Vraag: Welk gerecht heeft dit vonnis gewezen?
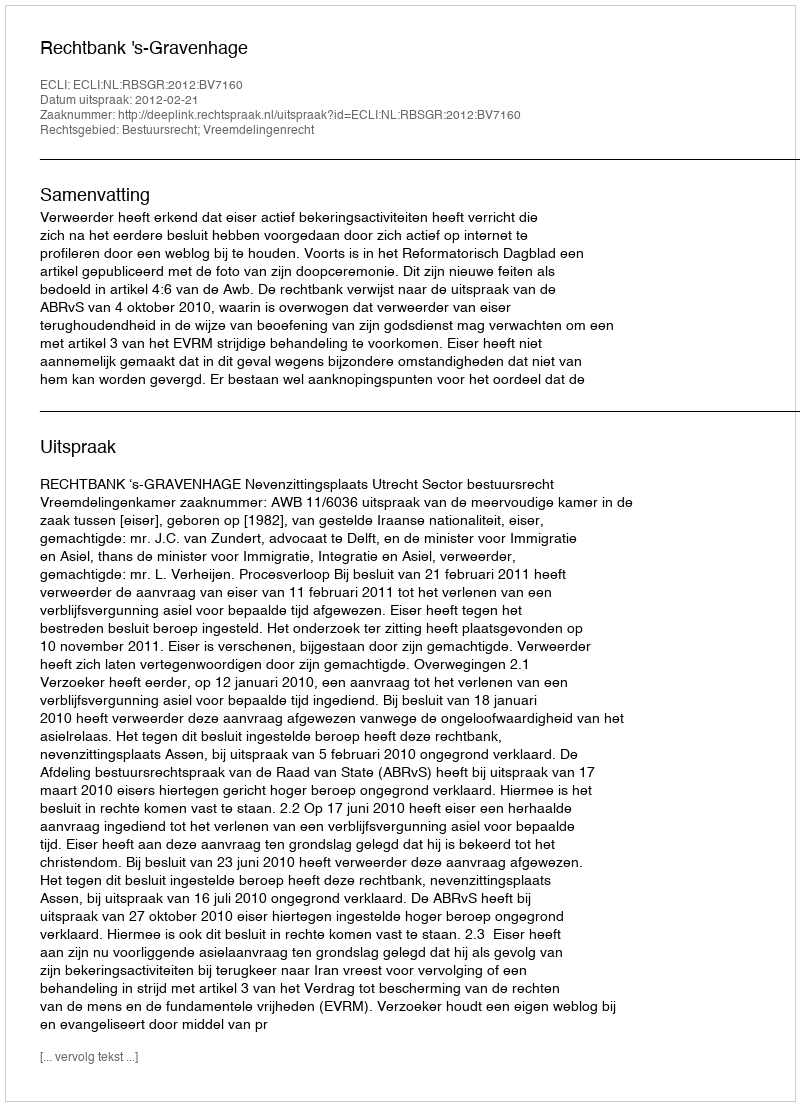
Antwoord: Rechtbank 's-Gravenhage